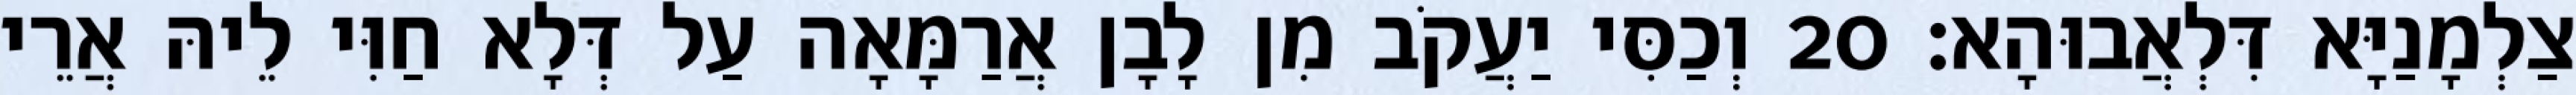
צַלְמָנַיָּא דִּלְאֲבוּהָא׃ 20 וְכַסִּי יַעֲקֹב מִן לָבָן אֲרַמָּאָה עַל דְּלָא חַוִּי לֵיהּ אֲרֵי